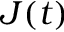
\boldsymbol J ( t )